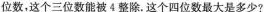
位数，这个三位数能被4整除。这个四位数最大是多少?